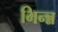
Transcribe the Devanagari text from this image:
भिन्न्न